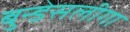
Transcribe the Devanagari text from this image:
बुन्डेसलीगा